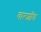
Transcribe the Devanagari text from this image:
बारशॉप